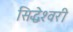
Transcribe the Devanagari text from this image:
सिद्धेश्‍वरी